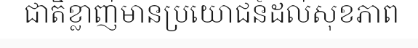
ជាតិខ្លាញ់មានប្រយោជន៍ដល់សុខភាព